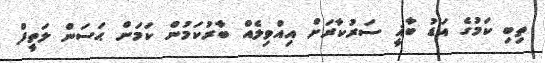
ތިބި ކަމުގެ އަޑު ބާޣީ ސަރުކާރަށް އިއްވިލެއް ބާރުކަމުން ކަމަށް ޙަސަން ލަތީފް